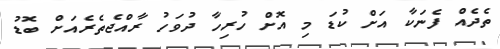
ތެދެއް ފެނަކާ އަށް ކުޑަ މި އޮށް ހުރިހާ ދުވަހު ރާއްޖެތެރެއަށް ބޮޑު